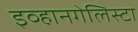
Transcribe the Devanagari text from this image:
इव्हानगेलिस्टा